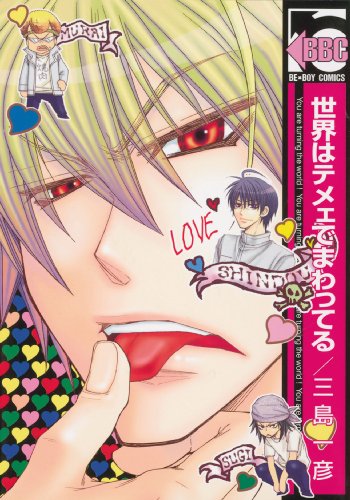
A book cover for You Make My Head Spin; Kazuhiko Mishima; Comics & Graphic Novels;